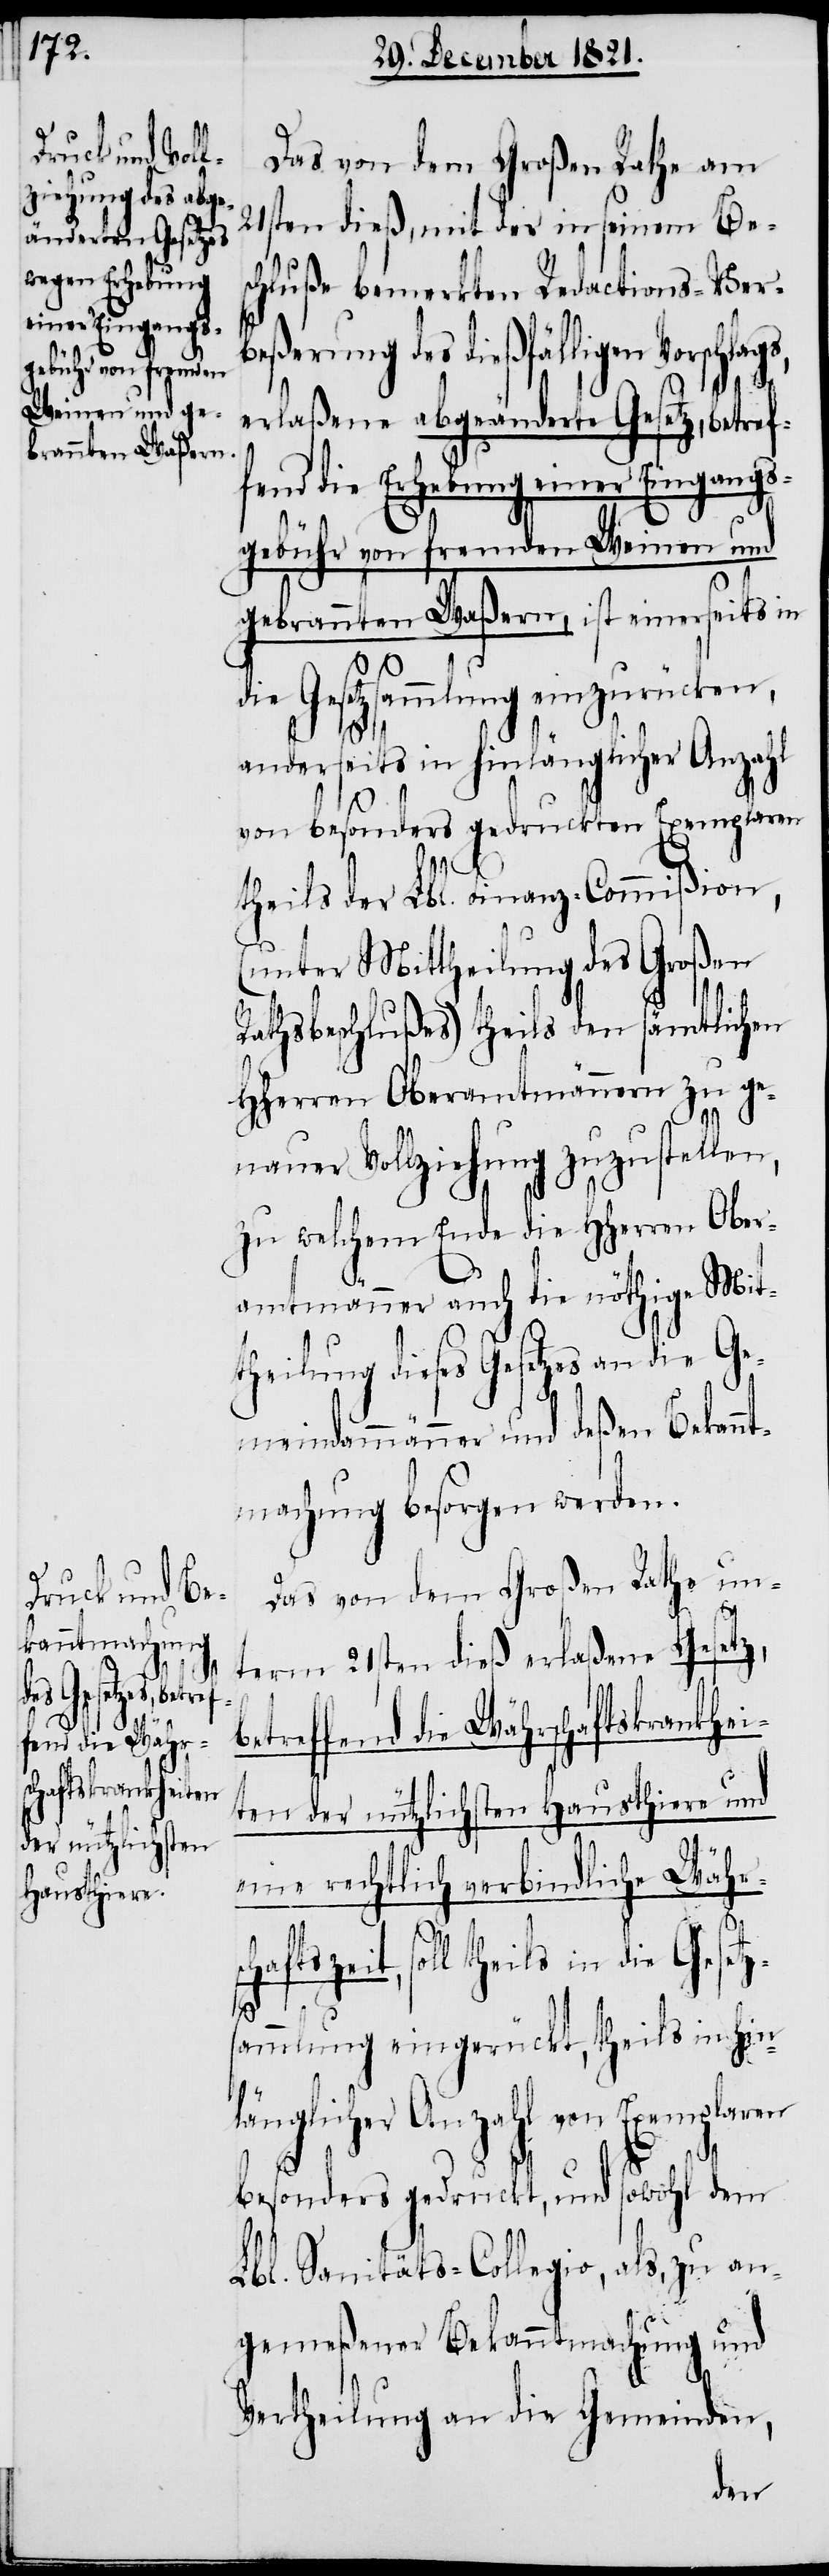
Das von dem Großen Rathe am
21sten dieß, mit der in seinem Bes¬
chluße bemerkten Redactions-Ver¬
beßerung des dießfälligen Vorschlag¬
erlaßene abgeänderte Gesetz, betref¬
fend die Erhebung einer Eingangs¬
gebühr von fremden Weinen und
gebrannten Waßern, ist einerseits in
Gesetzsammlung einzurücken,
anderseits in hinlänglicher Anzahl
von besonders gedruckten Exemplaren
s,
theils der Lbl. Finanz-Commißion,
(unter Mittheilung des Großen
Rathsbeschlußes) theils den sämtlichen
HHerren Oberamtmännern zu ge¬
b¬
nauer Vollziehung zuzustellen,
zu welchem Ende die HHerren Ober¬
amtmänner auch die nöthige Mit¬
theilung dieses Gesetzes an die Ge¬
meindammänner und deßen Bekannt¬
machung besorgen werden.
Das von dem Großen Rathe un¬
term 21sten dieß erlaßene Gesetz,
etreffend die Währschaftskrankhei¬
ten der nützlichsten Hausthiere und
eine rechtlich verbindliche Währ¬
haftszeit, soll theils in die Gesetz¬
sc¬
sammlung eingerückt, theils in hin¬
länglicher Anzahl von Exemplaren
besonders gedruckt, und sowohl dem
Lbl. Sanitäts-Collegio, als, zu an¬
gemeßener Bekanntmachung und
Vertheilung an die Gemeinden,